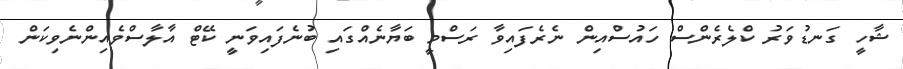
ޝާހީ ގަނޑުވަރު ކްލެރެންސް ހައުސްއިން ނެރެފައިވާ ރަސްމީ ބަޔާނެއްގައި ބުނެފައިވަނީ ކޭޓް އާލާސްވެއިންނެވިކަން